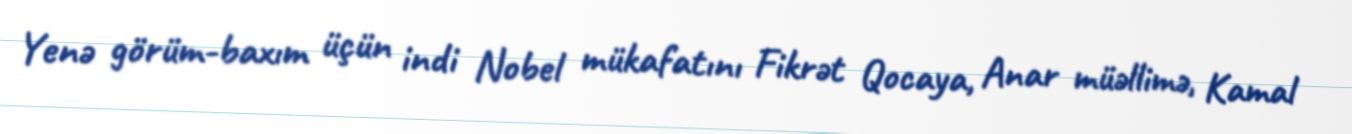
Yenə görüm-baxım üçün indi Nobel mükafatını Fikrət Qocaya, Anar müəllimə, Kamal